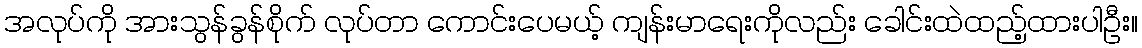
အလုပ်ကို အားသွန်ခွန်စိုက် လုပ်တာ ကောင်းပေမယ့် ကျန်းမာရေးကိုလည်း ခေါင်းထဲထည့်ထားပါဦး။